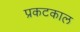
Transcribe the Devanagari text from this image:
प्रकटकाल